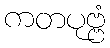
ကတပုဗ္ဗံ